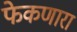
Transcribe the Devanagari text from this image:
फेकणारा